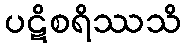
ပဋိစရိဿသိ